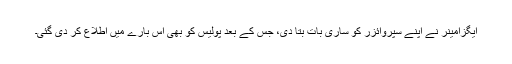
ایگزامینر نے اپنے سُپروائزر کو ساری بات بتا دی، جس کے بعد پولیس کو بھی اس بارے میں اطلاع کر دی گئی۔